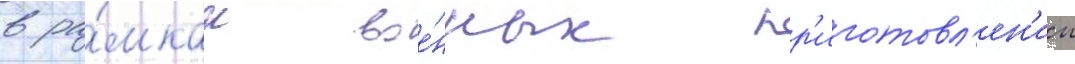
в ра́мках вое́нных пр'иготовл'ен'ии